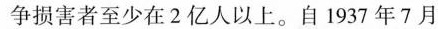
争损害者至少在2亿人以上。自1937年7月7